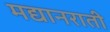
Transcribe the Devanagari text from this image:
मद्यानराती